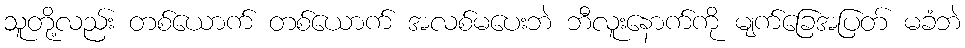
သူတို့လည်း တစ်ယောက် တစ်ယောက် အလစ်မပေးဘဲ ဘီလူးနောက်ကို မျက်ခြေအပြတ် မခံဘဲ